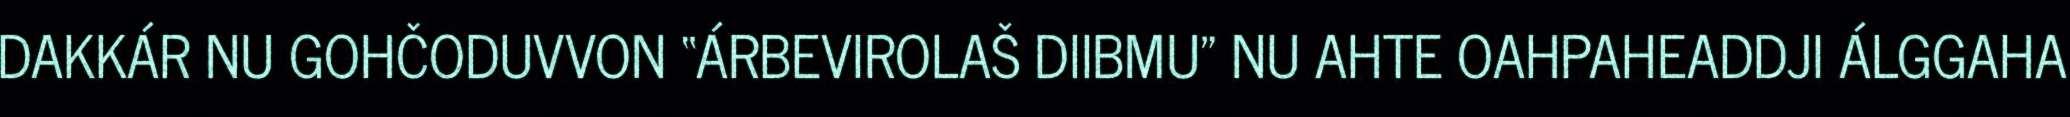
DAKKÁR NU GOHČODUVVON “ÁRBEVIROLAŠ DIIBMU" NU AHTE OAHPAHEADDJI ÁLGGAHA